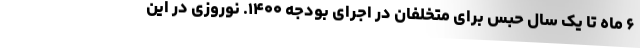
۶ ماه تا یک سال حبس برای متخلفان در اجرای بودجه ۱۴۰۰. نوروزی در این